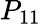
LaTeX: P_{11}